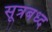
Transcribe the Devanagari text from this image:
सूत्रबध्द